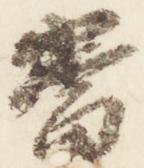
当